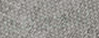
الخدمه